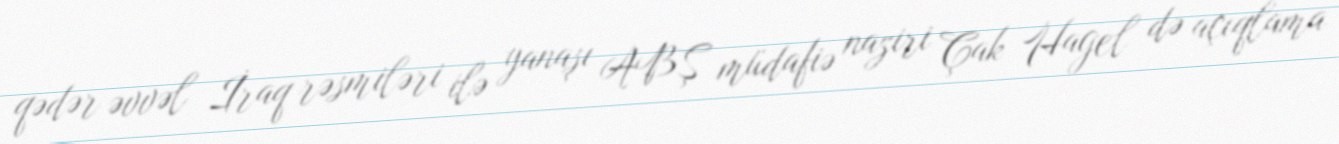
qədər əvvəl İraq rəsmiləri ilə yanaşı ABŞ müdafiə naziri Çak Hagel də açıqlama